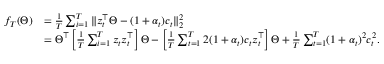
\begin{array} { r l } { f _ { T } ( \Theta ) } & { = \frac { 1 } { T } \sum _ { i = 1 } ^ { T } \| z _ { t } ^ { \top } \Theta - ( 1 + \alpha _ { t } ) c _ { t } \| _ { 2 } ^ { 2 } } \\ & { = \Theta ^ { \top } \left[ \frac { 1 } { T } \sum _ { i = 1 } ^ { T } z _ { t } z _ { t } ^ { \top } \right] \Theta - \left[ \frac { 1 } { T } \sum _ { t = 1 } ^ { T } 2 ( 1 + \alpha _ { t } ) c _ { t } z _ { t } ^ { \top } \right] \Theta + \frac { 1 } { T } \sum _ { t = 1 } ^ { T } ( 1 + \alpha _ { t } ) ^ { 2 } c _ { t } ^ { 2 } . } \end{array}